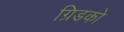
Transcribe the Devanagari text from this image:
ग्रिडको